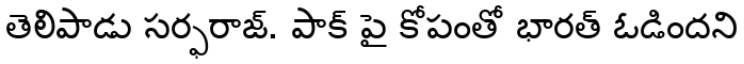
తెలిపాడు సర్ఫరాజ్. పాక్ పై కోపంతో భారత్ ఓడిందని